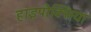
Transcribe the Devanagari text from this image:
हाइपौक्सिया